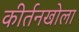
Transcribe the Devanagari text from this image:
कीर्तनखोला